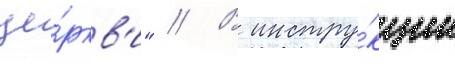
це́ркв'и" // В инстру́кции